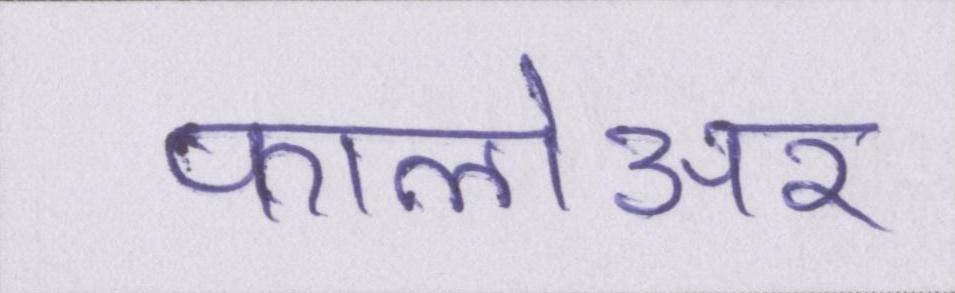
फालोअर